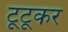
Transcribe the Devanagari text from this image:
टूटूकर